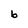
Character: b